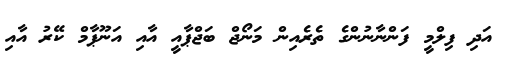
އަދި ފިލްމީ ފަންނާނުންގެ ތެރެއިން މަނޯޖް ބަޖްޕާއީ އާއި އަނޫޕާމް ކޭރު އާއި